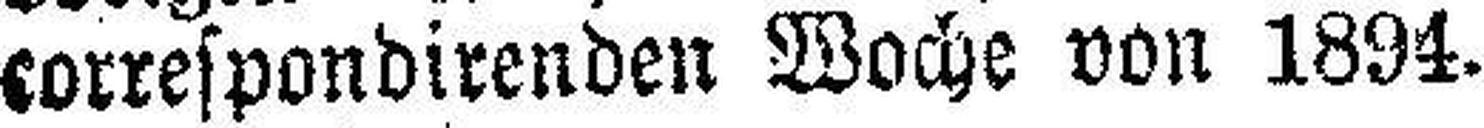
correspondirenden Wache von 1894.